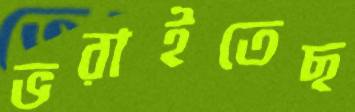
ভরাইতেছ